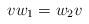
LaTeX: \begin{align*}vw_1=w_2v\end{align*}